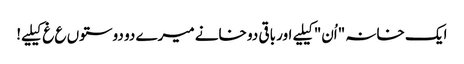
ایک خانہ "اُن" کیلیے اور باقی دو خانے میرے دو دوستوں ع غ کیلیے!